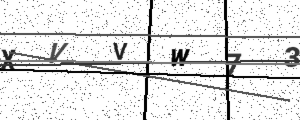
Text: XVVW73